Note on the mental hospitals in Burma - 1925-1940
Year: 1925
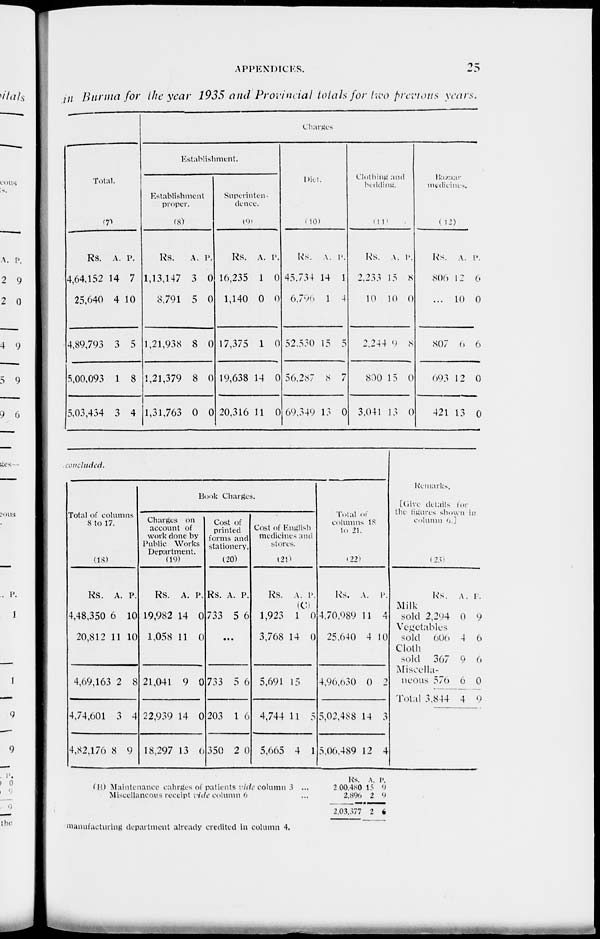
APPENDICES.
25
in Burma for the year 1935 and Provincial totals for two previous years.
Total.
(7)
Rs.
4,64,152
25,640
4,89,793
5,00,093
5,03,434
A.
14
4
3
1
3
P.
7
10
5
8
4
Charges
Establishment.
Establishment
proper.
(8)
Rs.
1,13,147
8,791
1,21,938
1,21,379
1,31,763
A.
3
5
8
8
0
P.
0
0
0
0
0
Superinten-
dence.
(9)
Rs.
16,235
1,140
17,375
19,638
20,316
A.
1
0
1
14
11
P.
0
0
0
0
0
Diet.
(10)
Rs.
45,734
6,796
52,530
56,287
69,349
A.
14
1
15
8
13
P.
1
4
5
7
0
Clothing and
bedding.
(11)
Rs.
2,233
10
2,244
800
3,041
A.
15
10
9
15
13
P.
8
0
8
0
0
Bazaar
medicines.
( 12)
Rs.
806
...
807
693
421
A.
12
10
6
12
13
P.
6
0
6
0
0
concluded.
Total of columns
8 to 17.
(18)
Rs.
4,48,350
20,812
4,69,163
4,74,601
4,82,176
A.
6
11
2
3
8
P.
10
10
8
4
9
Book Charges.
Charges on
account of
work done by
Public Works
Department.
(19)
Rs.
19,982
1,058
21,041
22,939
18,297
A.
14
11
9
14
13
P.
0
0
0
0
6
Cost of
printed
forms and
stationery.
(20)
Rs.
733
A.
5
P.
6
...
733
203
350
5
1
2
6
6
0
Cost of English
medicines and
stores.
(21)
Rs.
1,923
3,768
5,691
4,744
5,665
A.
(C)
1
14
15
11
4
P.
0
0
5
1
Total of
columns 18
to 21.
( 22)
Rs.
4,70,989
25,640
4,96,630
5,02,488
5,06,489
A.
11
4
0
14
12
P.
4
10
2
3
4
Remarks.
[Give details for
the figures shown in
column 6.]
( 23)
Milk
sold
Vegetables
sold
Cloth
sold
Miscella-
neous
Total
Rs.
2,294
606
367
576
3,844
A.
0
4
9
6
4
P.
9
6
6
0
9
(B) Maintenance charges of patients vide column 3 ...
Miscellaneous receipt vide column 6 ...
Rs.
2,00,480
2,896
2,03,337
A.
15
2
2
P.
9
9
6
manufacturing department already credited in column 4.